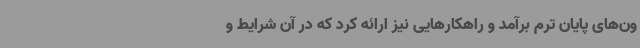
ون‌های پایان ترم برآمد و راهکارهایی نیز ارائه کرد که در آن شرایط و